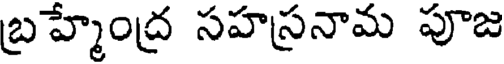
బ్రహ్మేంద్ర సహస్రనామ పూజ